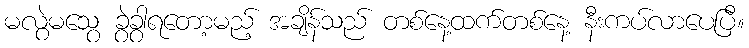
မလွဲမသွေ ခွဲခွာရတော့မည့် အချိန်သည် တစ်နေ့ထက်တစ်နေ့ နီးကပ်လာပေပြီ။